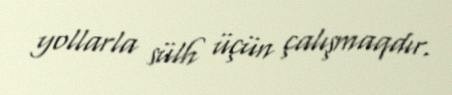
yollarla sülh üçün çalışmaqdır.